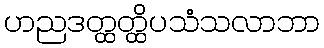
ဟညဒတ္ထတ္ထိပသံသလာဘာ